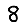
Digit: 8